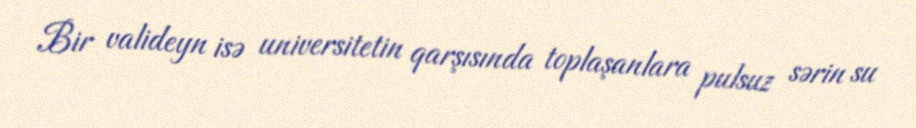
Bir valideyn isə universitetin qarşısında toplaşanlara pulsuz sərin su